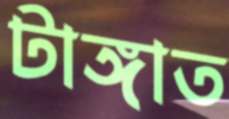
টাঙ্গাত